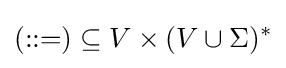
(::=)\subseteq V\times (V\cup \Sigma )^{*}